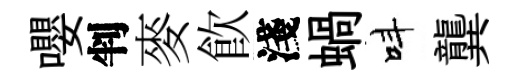
嚶判麥飮淺蝸呌龔